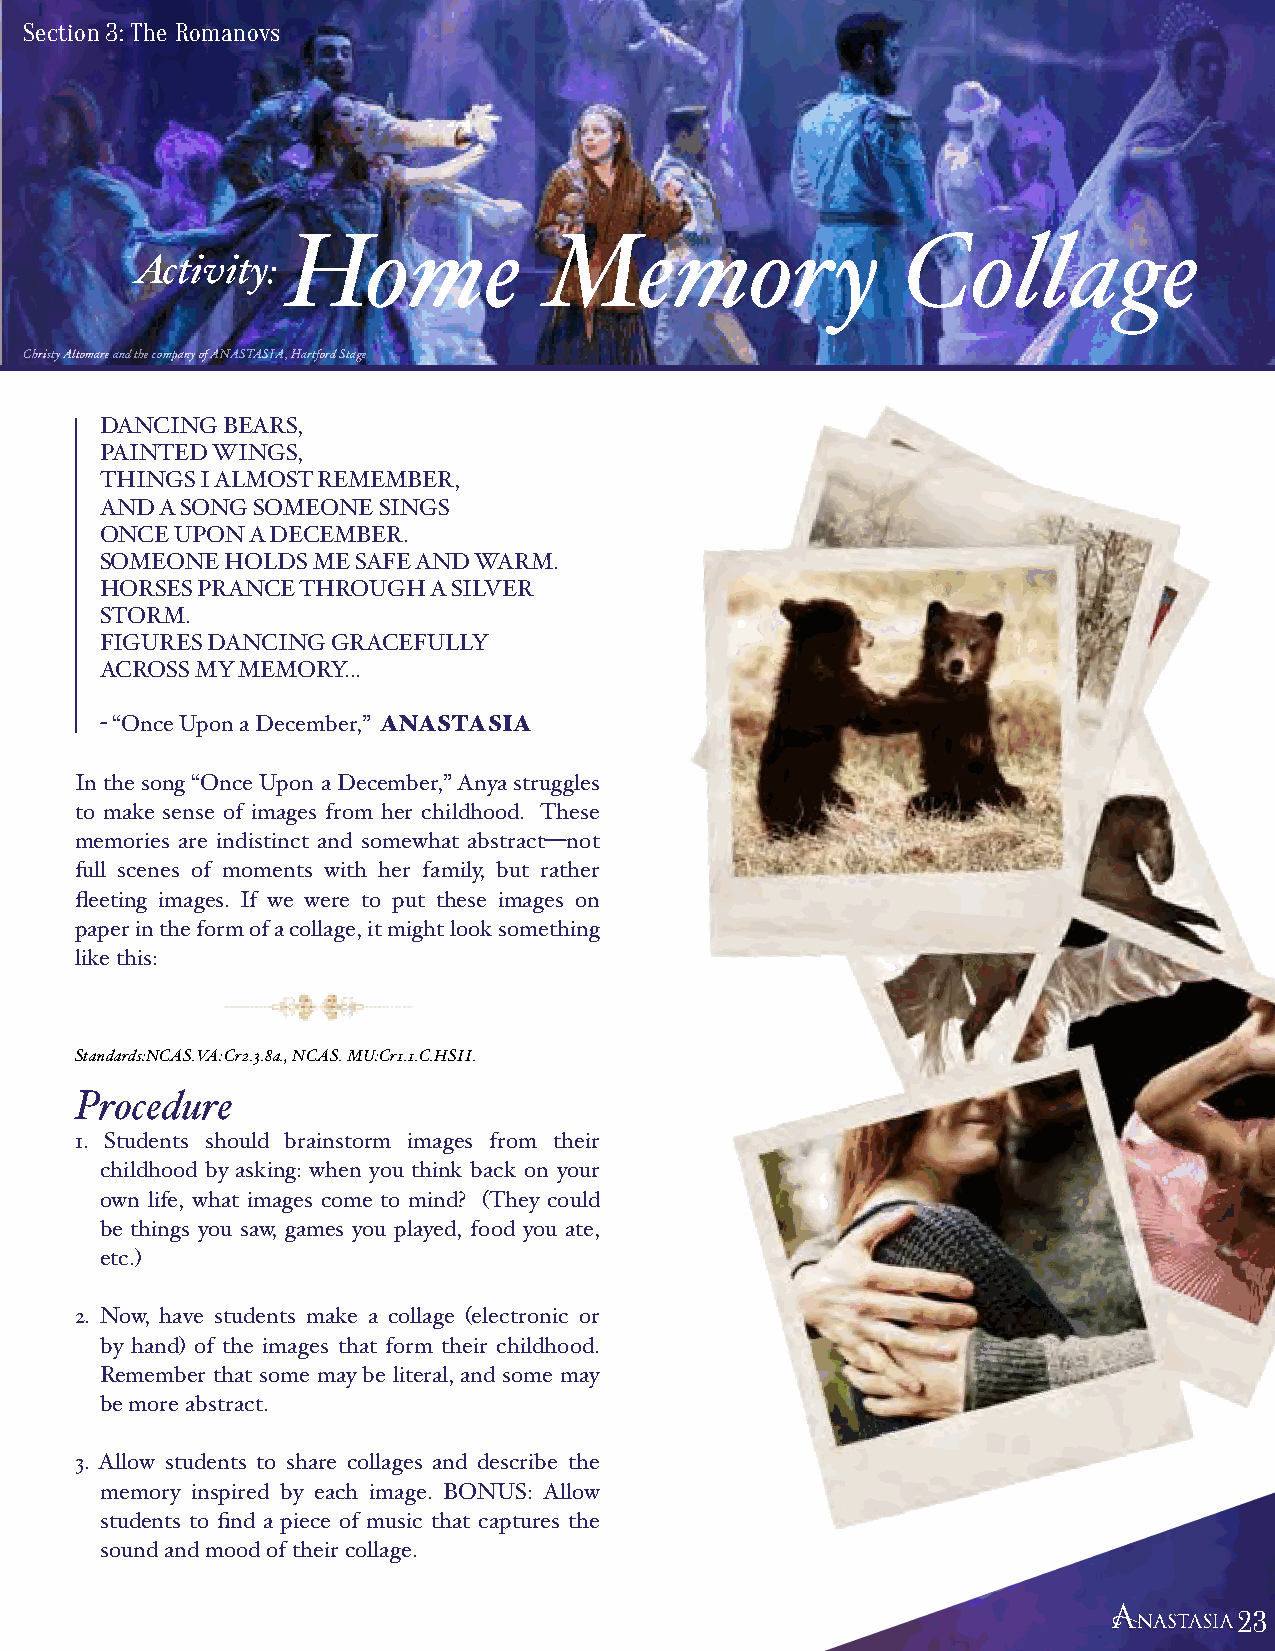
Section 3: The Romanovs
 Home             Memory                  Collage
 Activity:
 Christy Altomare and the company of ANASTASIA, Hartford Stage
 DANCING BEARS,
 PAINTED WINGS,
 THINGS I ALMOST REMEMBER,
 AND A SONG SOMEONE SINGS
 ONCE UPON A DECEMBER.
 SOMEONE HOLDS ME SAFE AND WARM.
 HORSES PRANCE THROUGH A SILVER
 STORM.
 FIGURES DANCING GRACEFULLY
 ACROSS MY MEMORY...
 - “Once Upon a December,” ANASTASIA
 In the song “Once Upon a December,” Anya struggles
 to make sense of images from her childhood. These
 memories are indistinct and somewhat abstract—not
 full scenes of moments with her family, but rather
 fleeting images. If we were to put these images on
 paper in the form of a collage, it might look something
 like this:
 Standards:NCAS.VA:Cr2.3.8a., NCAS. MU:Cr1.1.C.HSII.
 Procedure
 1. Students should brainstorm images from their
 childhood by asking: when you think back on your
 own life, what images come to mind? (They could
 be things you saw, games you played, food you ate,
 etc.)
 2. Now, have students make a collage (electronic or
 by hand) of the images that form their childhood.
 Remember that some may be literal, and some may
 be more abstract.
 3. Allow students to share collages and describe the
 memory inspired by each image. BONUS: Allow
 students to find a piece of music that captures the
 sound and mood of their collage.
 222333